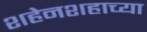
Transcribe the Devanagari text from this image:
शहेनशहाच्या